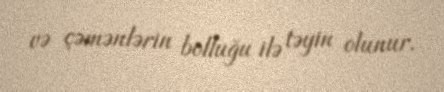
və çəmənlərin bolluğu ilə təyin olunur.